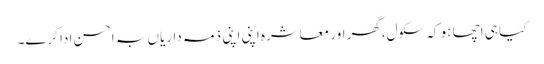
کیا ہی اچھا ہو کہ سکول،گھر اور معاشرہ اپنی اپنی ذمہ داریاں بہ احسن ادا کرے۔